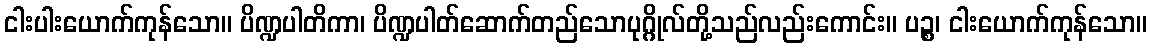
ငါးပါးယောက်ကုန်သော။ ပိဏ္ဍပါတိကာ၊ ပိဏ္ဍပါတ်ဆောက်တည်သောပုဂ္ဂိုလ်တို့သည်လည်းကောင်း။ ပဉ္စ၊ ငါးယောက်ကုန်သော။